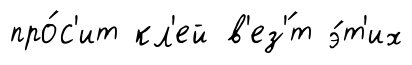
про́с'ит кл'ей в'ез'́т э́т'их